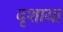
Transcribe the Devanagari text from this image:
दृशाया